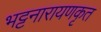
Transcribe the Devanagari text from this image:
भट्टनारायणकृत